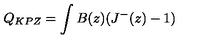
Q _ { K P Z } = \int B ( z ) ( J ^ { - } ( z ) - 1 )